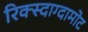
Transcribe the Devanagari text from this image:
रिक्स्दाग्दामोट